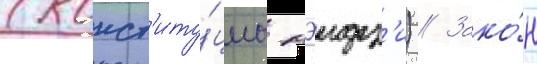
(конст'иту́циа мэидз'и) // Зако́н